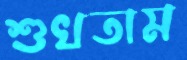
শুখতাম